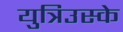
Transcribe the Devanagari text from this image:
युत्रिउस्के